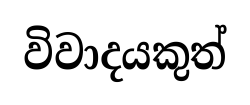
විවාදයකුත්